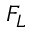
F _ { L }